Annual report on the working of the mental hospitals in the Madras Presidency - 1912-1932
Year: 1912
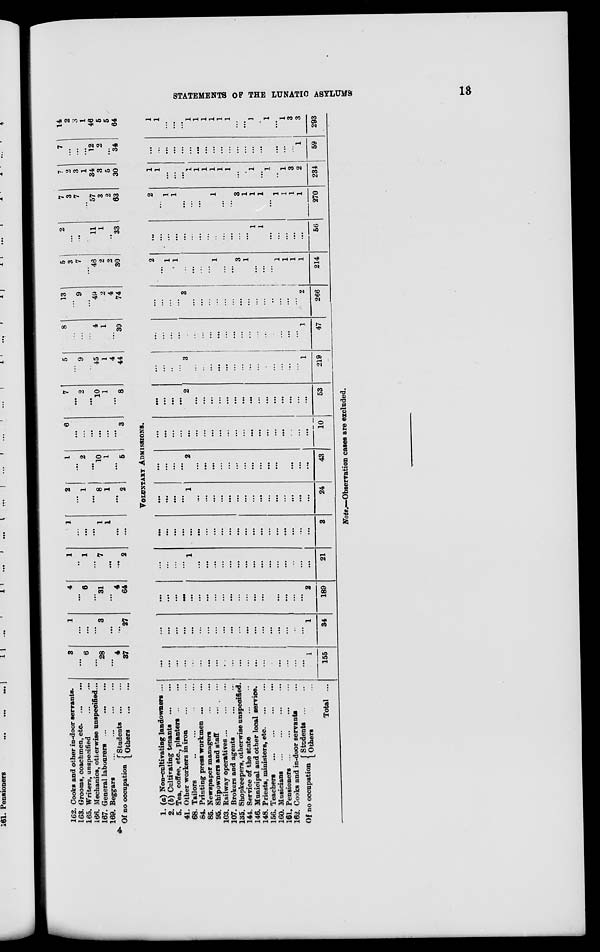
STATEMENTS OF THE LUNATIC ASYLUMS
13
162. Cooks and other in-door servants.
163. Grooms, coachmen, etc.
...
...
165. Writers, unspecified ... ...
166. Mechanics, otherwise unspecified ...
167. General labourers
...
...
...
169. Beggars
...
...
...
...
Of no occupation Students
...
...
Others ... ...
3 ...
6
...
28
...
4
37
1
...
...
...
3
...
...
27
4
...
6
...
31
...
4
64
1
...
1
...
7
...
...
2
1
...
...
...
1
1
...
...
2
...
1
...
8
1
...
2
1
...
2
...
10
1
...
5
6
...
...
...
...
...
...
3
7
...
2
...
10
1
...
8
5
...
9
...
45
1
4
44
8
...
...
...
4
1
...
30
13
...
9
...
49
2
4
74
5
3
7
...
46
2
2
30
2
...
...
...
11
1
...
33
7
3
7
...
57
3
2
63
7
2
3
1
34
3
5
30
7
...
...
...
12
2
...
34
14
2
3
1
46
5
5
64
VOLUNTARY ADMISSIONS.
1. (a) Non-cultivating landowners ...
2. (b) Cultivating tenants
...
...
5. Tea, coffee, etc., planters ... ...
41. Other workers in iron
...
...
68. Tailors
...
...
...
...
84. Printing press workmen
...
...
85. Newspaper managers
...
...
95. Shipowners and staff
...
...
103. Railway operatives
...
...
...
107. Brokers and agents
...
...
135. Shopkeepers, otherwise unspecified.
144. Service of the state
...
...
146. Municipal and other local service.
148. Priests, ministers, etc. ... ...
156. Teachers
...
...
...
...
160. Musicians ... ... ... ...
161. Pensioners ... ... ... ...
162. Cooks and in-door servants ...
Of no occupation Students
...
...
Others ... ...
Total ...
...
...
...
...
...
...
...
...
...
...
...
...
...
...
...
...
...
...
...
1
155
...
...
...
...
...
...
...
...
...
...
...
...
...
...
...
...
...
...
...
1
34
...
...
...
...
...
...
...
...
...
...
...
...
...
...
...
...
...
...
...
2
189
...
...
...
...
1
...
...
...
...
...
...
...
...
...
...
...
...
...
...
...
21
...
...
...
...
...
...
...
...
...
...
...
...
...
...
...
...
...
...
...
...
3
...
...
...
...
1
...
...
...
...
...
...
...
...
...
...
...
...
...
...
...
24
...
...
...
...
2
...
...
...
...
...
...
...
...
...
...
...
...
...
...
...
43
...
...
...
...
...
...
...
...
...
...
...
...
...
...
...
...
...
...
...
...
10
...
...
...
...
2
...
...
...
...
...
...
...
...
...
...
...
...
...
...
...
53
...
...
...
...
3
...
...
...
...
...
...
...
...
...
...
...
...
...
...
1
219
...
...
...
...
...
...
...
...
...
...
...
...
...
...
...
...
...
...
...
1
47
...
...
...
...
3
...
...
...
...
...
...
...
...
...
...
...
...
...
...
2
266
2
...
1
1
...
...
...
...
1
...
...
3
1
...
...
...
1
1
1
1
214
...
...
...
...
...
...
...
...
...
...
...
...
...
1
1
...
...
...
...
...
56
2
...
1
1
...
...
...
...
1
...
...
3
1
1
1
...
1
1
1
1
270
1
1
...
...
...
1
1
1
1
1
1
...
...
1
...
1
...
1
3
2
234
...
...
...
...
...
...
...
...
...
...
...
...
...
...
...
...
...
...
...
1
59
1
1
...
...
...
1
1
1
1
1
1
...
...
1
...
1
...
1
3
3
293
Note.—Observation cases are excluded.
4